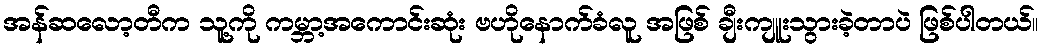
အန်ဆလော့တီက သူ့ကို ကမ္ဘာ့အကောင်းဆုံး ဗဟိုနောက်ခံလူ အဖြစ် ချီးကျူးသွားခဲ့တာပဲ ဖြစ်ပါတယ်။